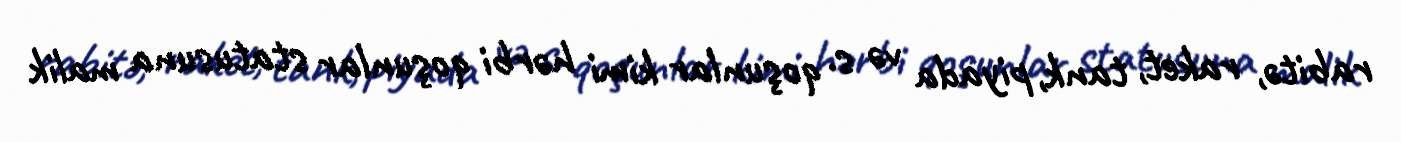
rabitə, raket, tank, piyada və s. qoşunlar kimi hərbi qoşunlar statusuna malik